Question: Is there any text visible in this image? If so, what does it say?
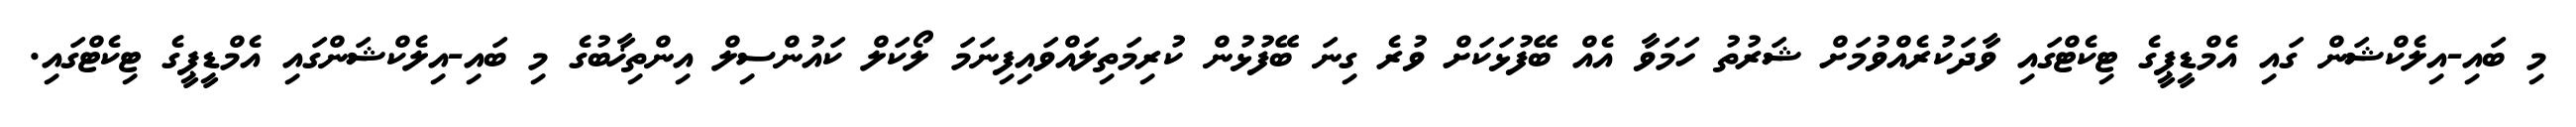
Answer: މި ބައި-އިލެކްޝަން ގައި އެމްޑީޕީގެ ޓިކެޓްގައި ވާދަކުރެއްވުމަށް ޝަރުތު ހަމަވާ އެއް ބޭފުޅަކަށް ވުރެ ގިނަ ބޭފުޅުން ކުރިމަތިލައްވައިފިނަމަ ލޯކަލް ކައުންސިލް އިންތިޚާބުގެ މި ބައި-އިލެކްޝަންގައި އެމްޑީޕީގެ ޓިކެޓްގައި.